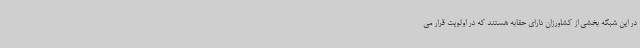
در این شبکه بخشی از کشاورزان دارای حقابه هستند که در اولویت قرار می